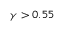
\gamma > 0 . 5 5